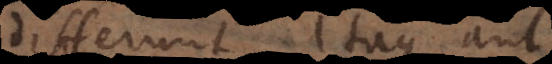
ifferunt, itaque aut